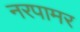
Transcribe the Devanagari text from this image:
नरपामर